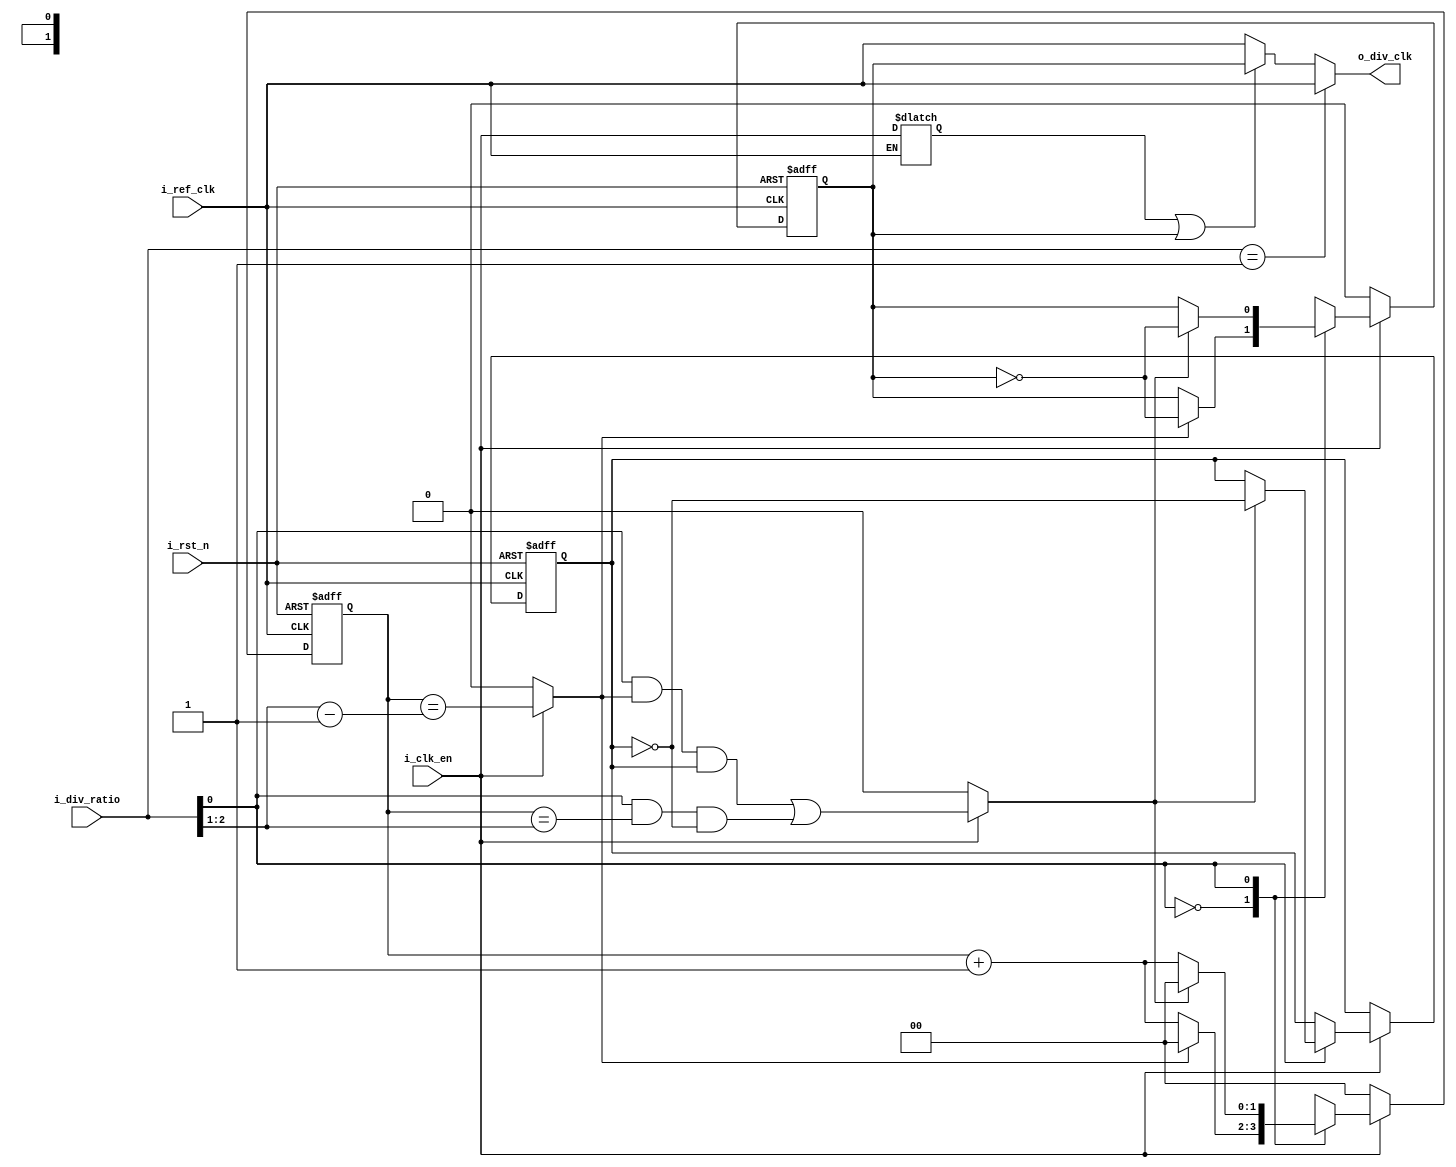
module ClkDiv #( parameter DivRatio_Width = 3)
(
input   wire                            i_ref_clk  ,
input   wire                            i_rst_n    ,
input   wire                            i_clk_en   ,
input   wire    [DivRatio_Width-1:0]    i_div_ratio,
output  reg                             o_div_clk
);

// Input Clock Cycles Counter
reg     [DivRatio_Width-2:0]    counter   ;
reg                             odd_toggle;        

// Even and Odd Flags Control
wire                            odd1_even0  ;
wire    [DivRatio_Width-2:0]    half_ratio  ;
reg                             restart_even;
reg                             restart_odd ;

// Signals to Drive the Output
reg    o_div_clk_r ;
reg    gating_latch; // if the enable didnt toggle at the posedge

// Counter of the Clock Cycles
always@(posedge i_ref_clk or negedge i_rst_n)
  begin
    if(!i_rst_n)
     begin
        counter <= 'b0 ;
        odd_toggle <= 1'b1 ;
     end
    else if(i_clk_en)
     begin
     case(odd1_even0)
     1'b0   : begin
                if(restart_even)
                 begin
                    counter <= 'b0 ;
                 end
                else
                 begin
                    counter <= counter + 1'b1 ;
                 end
            end
     1'b1   : begin
                if(restart_odd)
                 begin
                    counter <= 'b0 ;
                    odd_toggle <= !odd_toggle ;
                 end
                else
                 begin
                    counter <= counter + 1'b1 ;
                 end
            end
     endcase
     end
    else
     begin
        counter <= 'b0 ;
     end
  end
  
/*************************************************************************/
/************************  even and odd flags ****************************/
/*************************************************************************/
// Restart Odd logic
always@(*)
 begin
    if(i_clk_en)
     begin
        restart_odd = (odd1_even0 & restart_even & odd_toggle) | (odd1_even0 & (counter == half_ratio) & !odd_toggle );
     end
    else
     begin
        restart_odd = 1'b0 ;
     end
 end
// Restart Even Logic
always@(*)
 begin
    if(i_clk_en)
     begin
        restart_even = counter == ((i_div_ratio >> 1) - 1'b1);
     end
    else
     begin
        restart_even = 1'b0 ;
     end
 end

assign half_ratio = i_div_ratio >> 1 ;
assign odd1_even0 = i_div_ratio[0] ; // 0 = even , 1 = odd 

/*********************************************************************/
/******************** signals to drive the output ********************/
/*********************************************************************/
// output logic
always@(posedge i_ref_clk or negedge i_rst_n)
  begin
    if(!i_rst_n)
     begin
        o_div_clk_r <= 1'b0 ;
     end
    else if(i_clk_en)
     begin
      case(odd1_even0)
      1'b0   :   o_div_clk_r <= restart_even ? !o_div_clk_r : o_div_clk_r ;
      
      1'b1   :   o_div_clk_r <= restart_odd  ? !o_div_clk_r : o_div_clk_r ;
      endcase
     end
    else
     begin
        o_div_clk_r <= 1'b0 ;
     end
  end
  
// latch for enable (clock gating)
always@(i_ref_clk or i_clk_en)
 begin
    if(!i_ref_clk)
     begin
        gating_latch <= i_clk_en;
     end
 end
 
// Output Combinational logic
always@(*)
 begin
    if(i_div_ratio == 'b1)
     begin
        o_div_clk = i_ref_clk;
     end
    else if(gating_latch | o_div_clk_r)
     begin
        o_div_clk = o_div_clk_r ;
     end
    else
     begin
        o_div_clk = i_ref_clk ;
     end
 end

endmodule